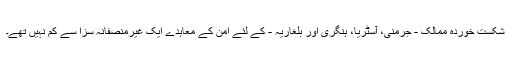
شکست خوردہ ممالک - جرمنی، آسٹریا، ہنگری اور بلغاریہ - کے لئے امن کے معاہدے ایک غیرمنصفانہ سزا سے کم نہيں تھے۔